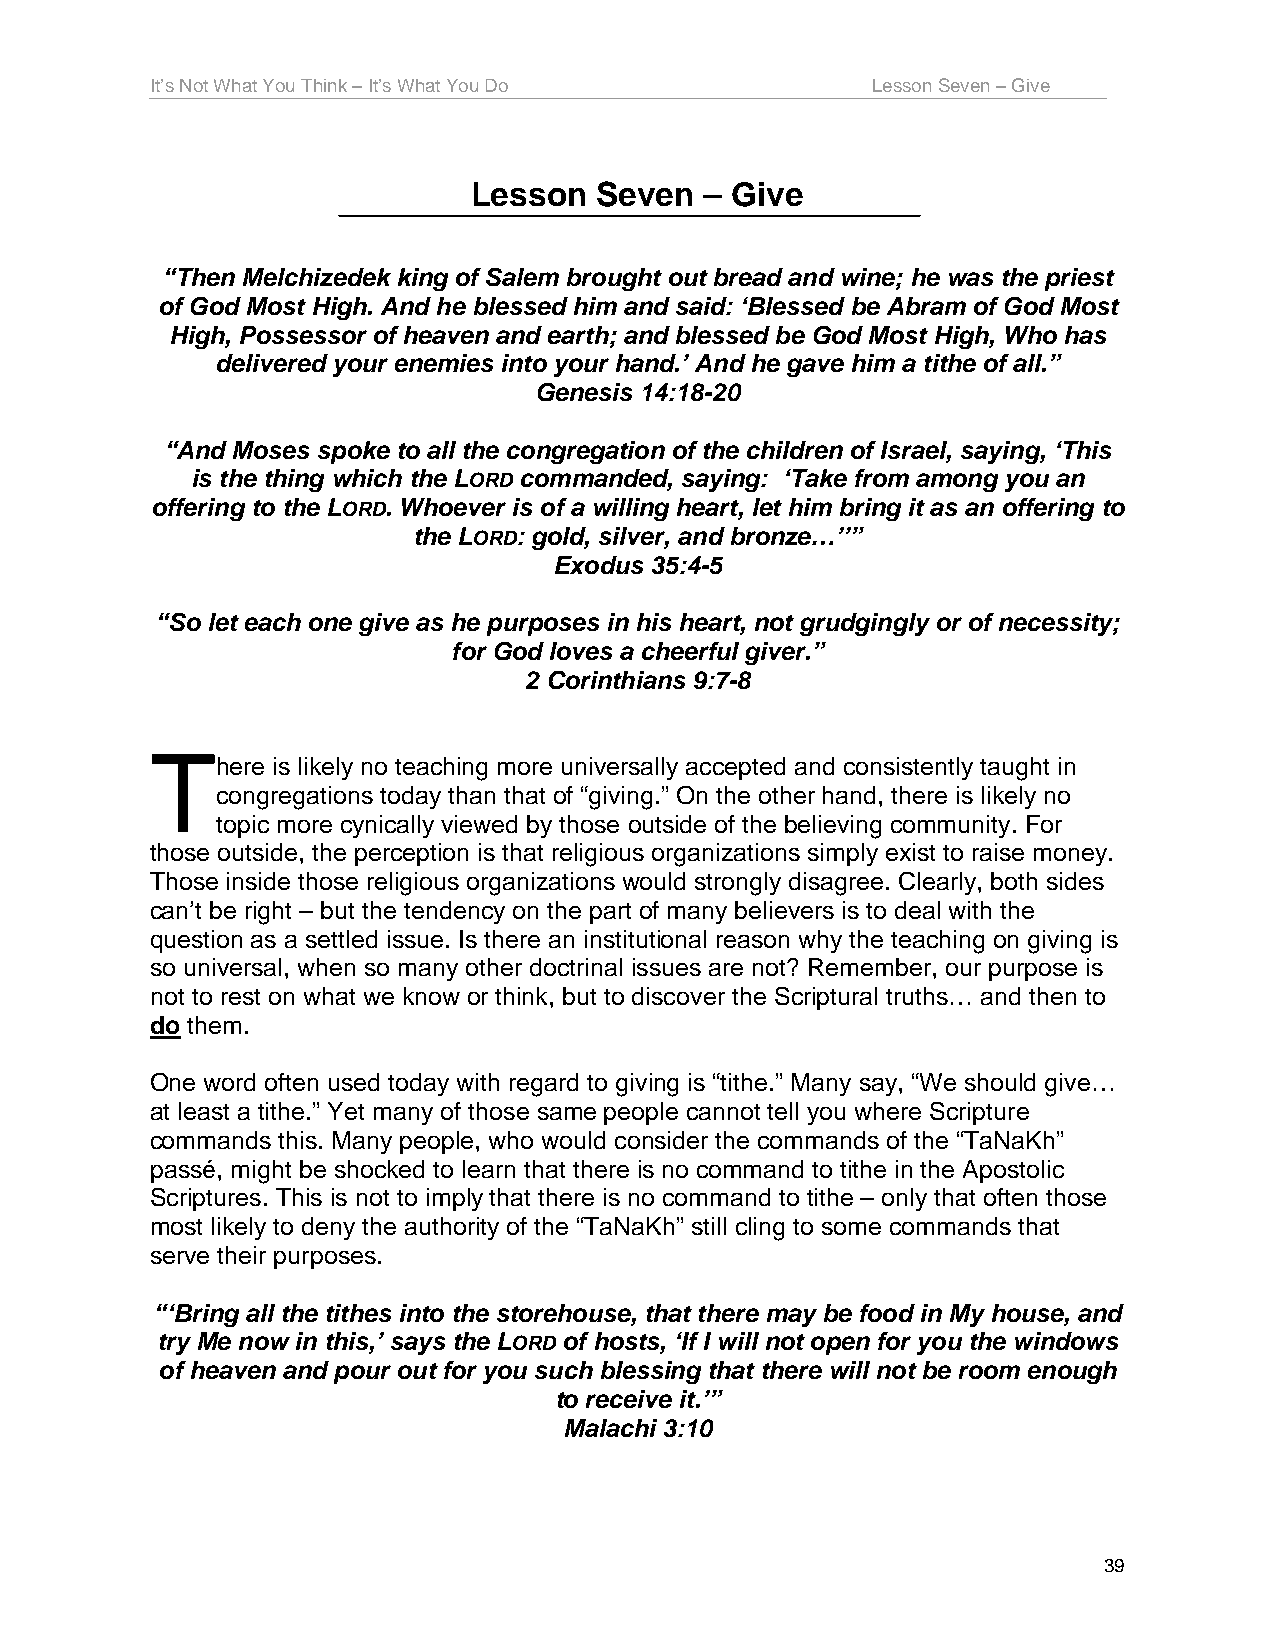
It’s Not What You Think – It’s What You Do      Lesson Seven – Give
 Lesson   Seven  – Give
 “Then Melchizedek king of Salem brought out bread and wine; he was the priest
 of God Most High. And he blessed him and said: ‘Blessed be Abram of God Most
 High, Possessor of heaven and earth; and blessed be God Most High, Who has
 delivered your enemies into your hand.’ And he gave him a tithe of all.”
 Genesis 14:18-20
 “And Moses spoke to all the congregation of the children of Israel, saying, ‘This
 is the thing which the LORD commanded, saying: ‘Take from among you an
 offering to the LORD. Whoever is of a willing heart, let him bring it as an offering to
 the LORD: gold, silver, and bronze…’’”
 Exodus 35:4-5
 “So let each one give as he purposes in his heart, not grudgingly or of necessity;
 for God loves a cheerful giver.”
 2 Corinthians 9:7-8
 T
 here is likely no teaching more universally accepted and consistently taught in
 congregations today than that of “giving.” On the other hand, there is likely no
 topic more cynically viewed by those outside of the believing community. For
 those outside, the perception is that religious organizations simply exist to raise money.
 Those inside those religious organizations would strongly disagree. Clearly, both sides
 can’t be right – but the tendency on the part of many believers is to deal with the
 question as a settled issue. Is there an institutional reason why the teaching on giving is
 so universal, when so many other doctrinal issues are not? Remember, our purpose is
 not to rest on what we know or think, but to discover the Scriptural truths… and then to
 do them.
 One word often used today with regard to giving is “tithe.” Many say, “We should give…
 at least a tithe.” Yet many of those same people cannot tell you where Scripture
 commands this. Many people, who would consider the commands of the “TaNaKh”
 passé, might be shocked to learn that there is no command to tithe in the Apostolic
 Scriptures. This is not to imply that there is no command to tithe – only that often those
 most likely to deny the authority of the “TaNaKh” still cling to some commands that
 serve their purposes.
 “‘Bring all the tithes into the storehouse, that there may be food in My house, and
 try Me now in this,’ says the LORD of hosts, ‘If I will not open for you the windows
 of heaven and pour out for you such blessing that there will not be room enough
 to receive it.’”
 Malachi 3:10
 39